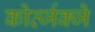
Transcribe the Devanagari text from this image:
कोर्त्जक्जे